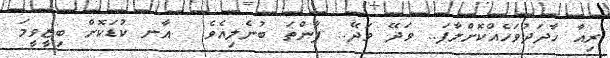
ރިއާ ހާދަދުވަހެއްކޮށްލާފަ.. ވަދޭ ވަދޭ.. ފާންތަ ބުނެލިއެވެ.  އާނ ކުޑަކޮށް ބިޒީވީމަ